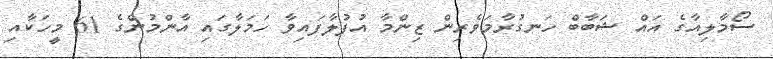
ސޯމާލިއާގެ އައް ޝަބާބް ހަނގުރާމަވެރިން ޒިންމާ އުފުލާފައިވާ ހަމަލާގައި އާންމުންގެ 61 މީހަކާއި